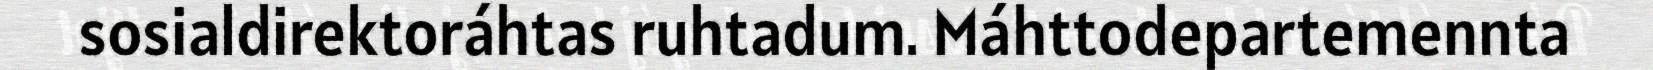
sosialdirektoráhtas ruhtadum. Máhttodepartemennta